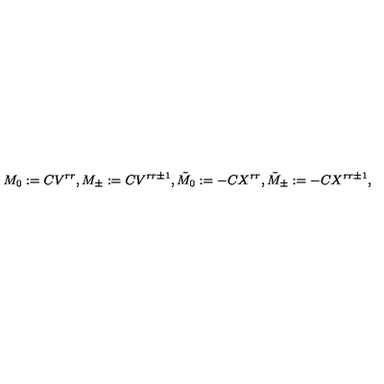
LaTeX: M _ { 0 } : = C V ^ { r r } , M _ { \pm } : = C V ^ { r r \pm 1 } , { \tilde { M } } _ { 0 } : = - C X ^ { r r } , { \tilde { M } } _ { \pm } : = - C X ^ { r r \pm 1 } ,